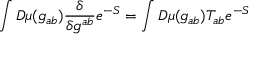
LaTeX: \int D \mu ( g _ { a b } ) \frac { \delta } { \delta g ^ { a b } } e ^ { - S } = \int D \mu ( g _ { a b } ) T _ { a b } e ^ { - S }